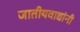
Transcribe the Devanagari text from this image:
जातीयवाद्यांनी